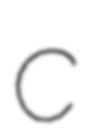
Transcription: C